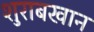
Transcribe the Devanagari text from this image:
शुराबखान